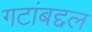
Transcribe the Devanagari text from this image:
गटांबद्दल